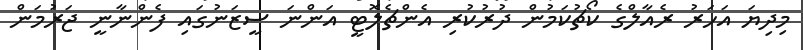
މިދިޔަ އަހަރު ރެއާލްގެ ކޯޗުކަމުން ދުރުކުރި އެންޗެލޮޓީ އަންނަ ސީޒަނުގައި ފެންނާނީ ޖަރުމަން